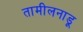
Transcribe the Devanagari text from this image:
तामीलनाडू